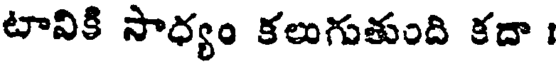
టావికి సాధ్యం కలుగుతుంది కదా :